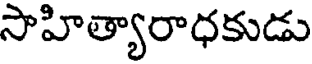
సాహిత్యారాధకుడు